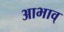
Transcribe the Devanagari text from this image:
आभाव्